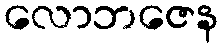
လောဘဇေန